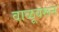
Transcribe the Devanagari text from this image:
वाळूवरून